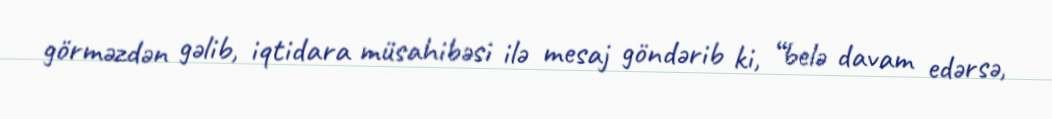
görməzdən gəlib, iqtidara müsahibəsi ilə mesaj göndərib ki, “belə davam edərsə,